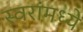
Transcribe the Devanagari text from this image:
स्वरांमध्ये